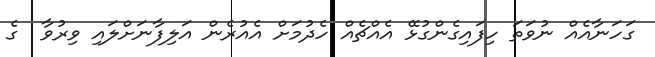
ގަހަނާއެއް ނުވަތަ ހިފައިގެންގުޅޭ އެއްޗެއް ހެދުމަށް އެއުރެން އަލިފާނަށްލައި ވިރުވާ  ގެ